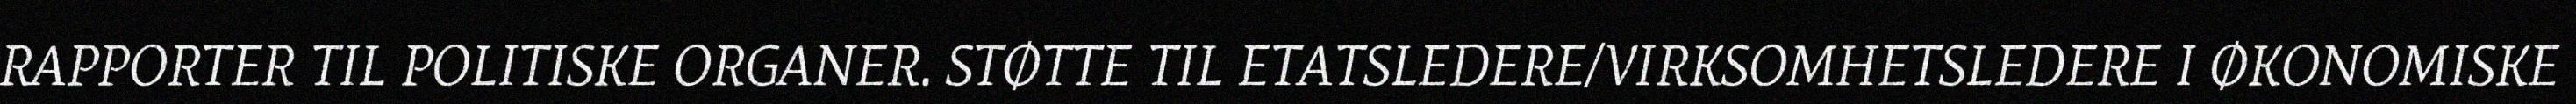
RAPPORTER TIL POLITISKE ORGANER. STØTTE TIL ETATSLEDERE/VIRKSOMHETSLEDERE I ØKONOMISKE